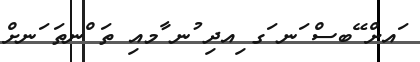
ައށް ޭބސް ަނ ަގ ިއދި ުނ ާމއި ތަ ްނތަ ަނށް